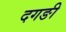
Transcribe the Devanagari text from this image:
दगङी